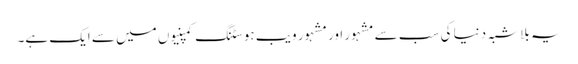
یہ بلا شبہ دنیا کی سب سے مشہور اور مشہور ویب ہوسٹنگ کمپنیوں میں سے ایک ہے۔